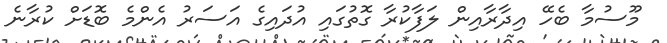
މޫސުމާ ބެހޭ އިދާރާއިން ލަފާކުރާ ގޮތުގައި އުދައިގެ އަސަރު އެންމެ ބޮޑަށް ކުރާނެ